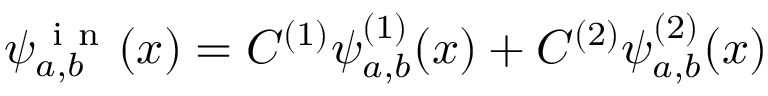
\psi _ { a , b } ^ { \mathrm { ~ i ~ n ~ } } ( x ) = C ^ { ( 1 ) } \psi _ { a , b } ^ { ( 1 ) } ( x ) + C ^ { ( 2 ) } \psi _ { a , b } ^ { ( 2 ) } ( x )